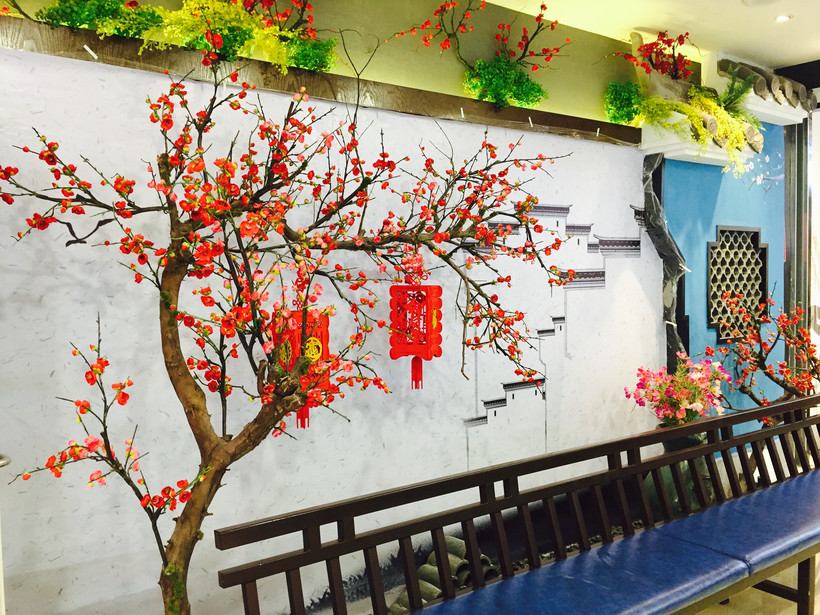
步转回廊，半落梅花婉娩香。